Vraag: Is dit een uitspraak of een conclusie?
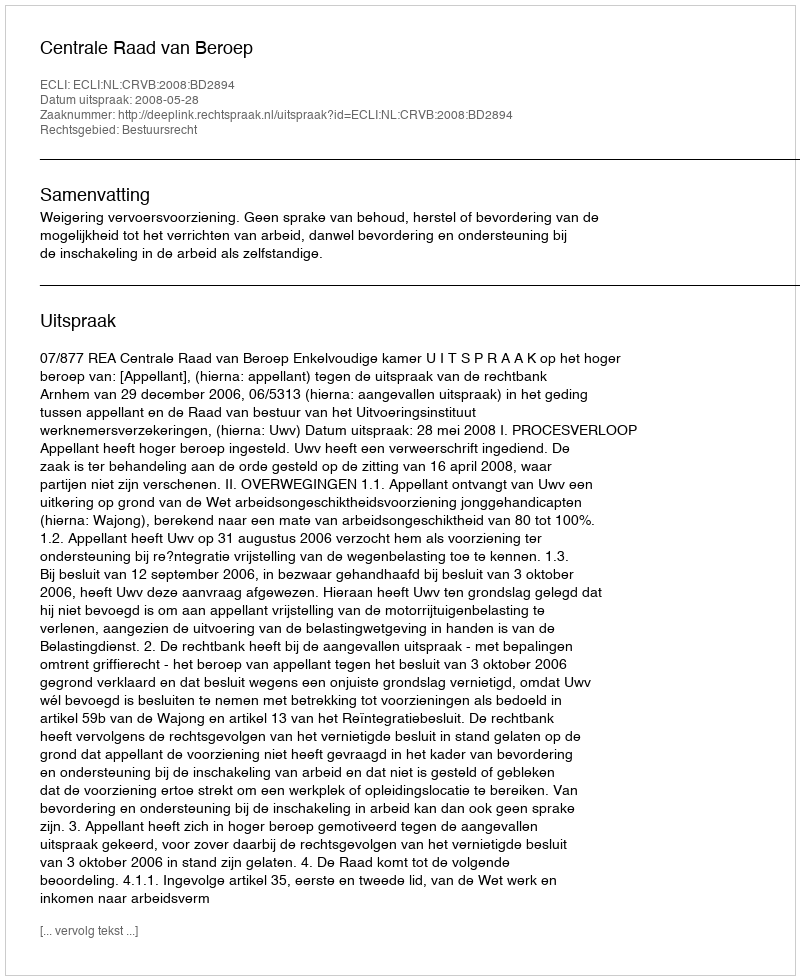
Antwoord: Uitspraak